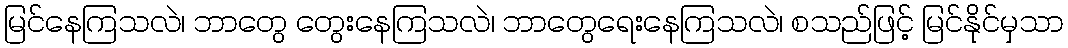
မြင်နေကြသလဲ၊ ဘာတွေ တွေးနေကြသလဲ၊ ဘာတွေရေးနေကြသလဲ၊ စသည်ဖြင့် မြင်နိုင်မှသာ